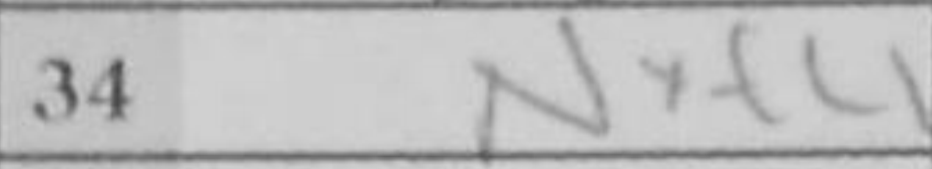
Transcription: Nxf4